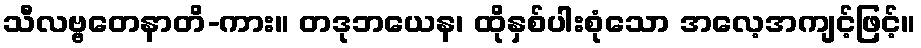
သီလဗ္ဗတေနာတိ-ကား။ တဒုဘယေန၊ ထိုနှစ်ပါးစုံသော အလေ့အကျင့်ဖြင့်။